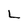
Character: L